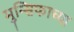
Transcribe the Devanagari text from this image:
मुन्सिफाच्या